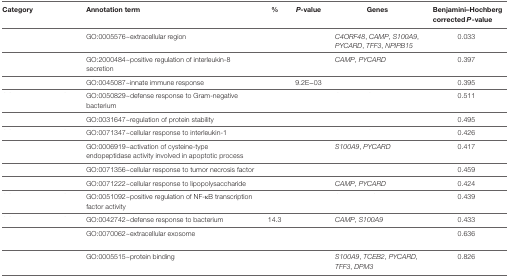
<table><thead><tr><td><b>Category</b></td><td><b>Annotation term</b></td><td><b>%</b></td><td><b><i>P</i>-value</b></td><td><b>Genes</b></td><td><b>Benjamini–Hochberg corrected<i>P</i>-value</b></td></tr></thead><tbody><tr><td>[EMPTY_CELL]</td><td>GO:0005576~extracellular region</td><td>[EMPTY_CELL]</td><td>[EMPTY_CELL]</td><td><i>C4ORF48, CAMP, S100A9, PYCARD, TFF3, NPIPB15</i></td><td>0.033</td></tr><tr><td>[EMPTY_CELL]</td><td>GO:2000484~positive regulation of interleukin-8 secretion</td><td>[EMPTY_CELL]</td><td>[EMPTY_CELL]</td><td><i>CAMP, PYCARD</i></td><td>0.397</td></tr><tr><td>[EMPTY_CELL]</td><td>GO:0045087~innate immune response</td><td>[EMPTY_CELL]</td><td>9.2E−03</td><td>[EMPTY_CELL]</td><td>0.395</td></tr><tr><td>[EMPTY_CELL]</td><td>GO:0050829~defense response to Gram-negative bacterium</td><td>[EMPTY_CELL]</td><td>[EMPTY_CELL]</td><td>[EMPTY_CELL]</td><td>0.511</td></tr><tr><td>[EMPTY_CELL]</td><td>GO:0031647~regulation of protein stability</td><td>[EMPTY_CELL]</td><td>[EMPTY_CELL]</td><td>[EMPTY_CELL]</td><td>0.495</td></tr><tr><td>[EMPTY_CELL]</td><td>GO:0071347~cellular response to interleukin-1</td><td>[EMPTY_CELL]</td><td>[EMPTY_CELL]</td><td>[EMPTY_CELL]</td><td>0.426</td></tr><tr><td>[EMPTY_CELL]</td><td>GO:0006919~activation of cysteine-type endopeptidase activity involved in apoptotic process</td><td>[EMPTY_CELL]</td><td>[EMPTY_CELL]</td><td><i>S100A9, PYCARD</i></td><td>0.417</td></tr><tr><td>[EMPTY_CELL]</td><td>GO:0071356~cellular response to tumor necrosis factor</td><td>[EMPTY_CELL]</td><td>[EMPTY_CELL]</td><td>[EMPTY_CELL]</td><td>0.459</td></tr><tr><td>[EMPTY_CELL]</td><td>GO:0071222~cellular response to lipopolysaccharide</td><td>[EMPTY_CELL]</td><td>[EMPTY_CELL]</td><td><i>CAMP, PYCARD</i></td><td>0.424</td></tr><tr><td>[EMPTY_CELL]</td><td>GO:0051092~positive regulation of NF-κB transcription factor activity</td><td>[EMPTY_CELL]</td><td>[EMPTY_CELL]</td><td>[EMPTY_CELL]</td><td>0.439</td></tr><tr><td>[EMPTY_CELL]</td><td>GO:0042742~defense response to bacterium</td><td>14.3</td><td>[EMPTY_CELL]</td><td><i>CAMP, S100A9</i></td><td>0.433</td></tr><tr><td>[EMPTY_CELL]</td><td>GO:0070062~extracellular exosome</td><td>[EMPTY_CELL]</td><td>[EMPTY_CELL]</td><td>[EMPTY_CELL]</td><td>0.636</td></tr><tr><td>[EMPTY_CELL]</td><td>GO:0005515~protein binding</td><td>[EMPTY_CELL]</td><td>[EMPTY_CELL]</td><td><i>S100A9, TCEB2, PYCARD, TFF3, DPM3</i></td><td>0.826</td></tr></tbody></table>